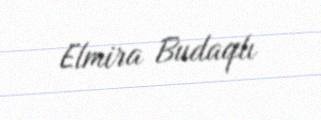
Elmira Budaqlı